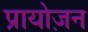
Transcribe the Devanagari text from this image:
प्रायोज़न